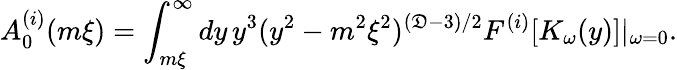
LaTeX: A_{0}^{(i)}(m\xi)=\int_{m\xi}^{\infty}dy\, y^{3}(y^{2}-m^{2}\xi^{2})^{(\mathfrak{D}-3)/2}F^{(i)}[K_{\omega}(y)]|_{\omega=0}.